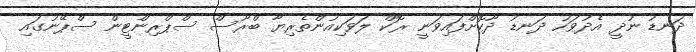
ދަނޑު ނުދީ އެދުވަހު ދަނޑު ދޫކޮށްފައިވަނީ ރޮކް ލަވަކިއުންތެރިޔާ ބްރޫސް ސްޕްރިންޓީން ސްޕޭނުގައި